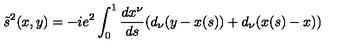
\tilde { s } ^ { 2 } ( x , y ) = - i e ^ { 2 } \int _ { 0 } ^ { 1 } \frac { d x ^ { \nu } } { d s } ( d _ { \nu } ( y - x ( s ) ) + d _ { \nu } ( x ( s ) - x ) )